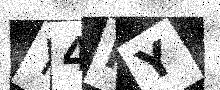
Text: Y4RY